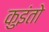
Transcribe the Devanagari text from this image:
कुइंतो